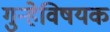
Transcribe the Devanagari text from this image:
गुन्हेविषयक